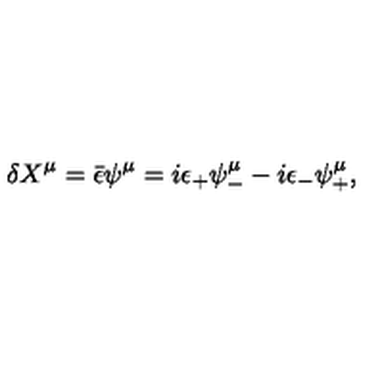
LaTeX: \delta X ^ { \mu } = \bar { \epsilon } \psi ^ { \mu } = i \epsilon _ { + } \psi _ { - } ^ { \mu } - i \epsilon _ { - } \psi _ { + } ^ { \mu } ,